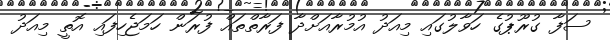
ސަފާ ގުރޫޕުގެ ހަވާލުގައި މިއަދު އުމުރާއަށްދާ ފަރާތްތައް ފުރަން ހަމަޖެހިފައި އޮތީ މިއަދު